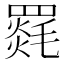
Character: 𮊛